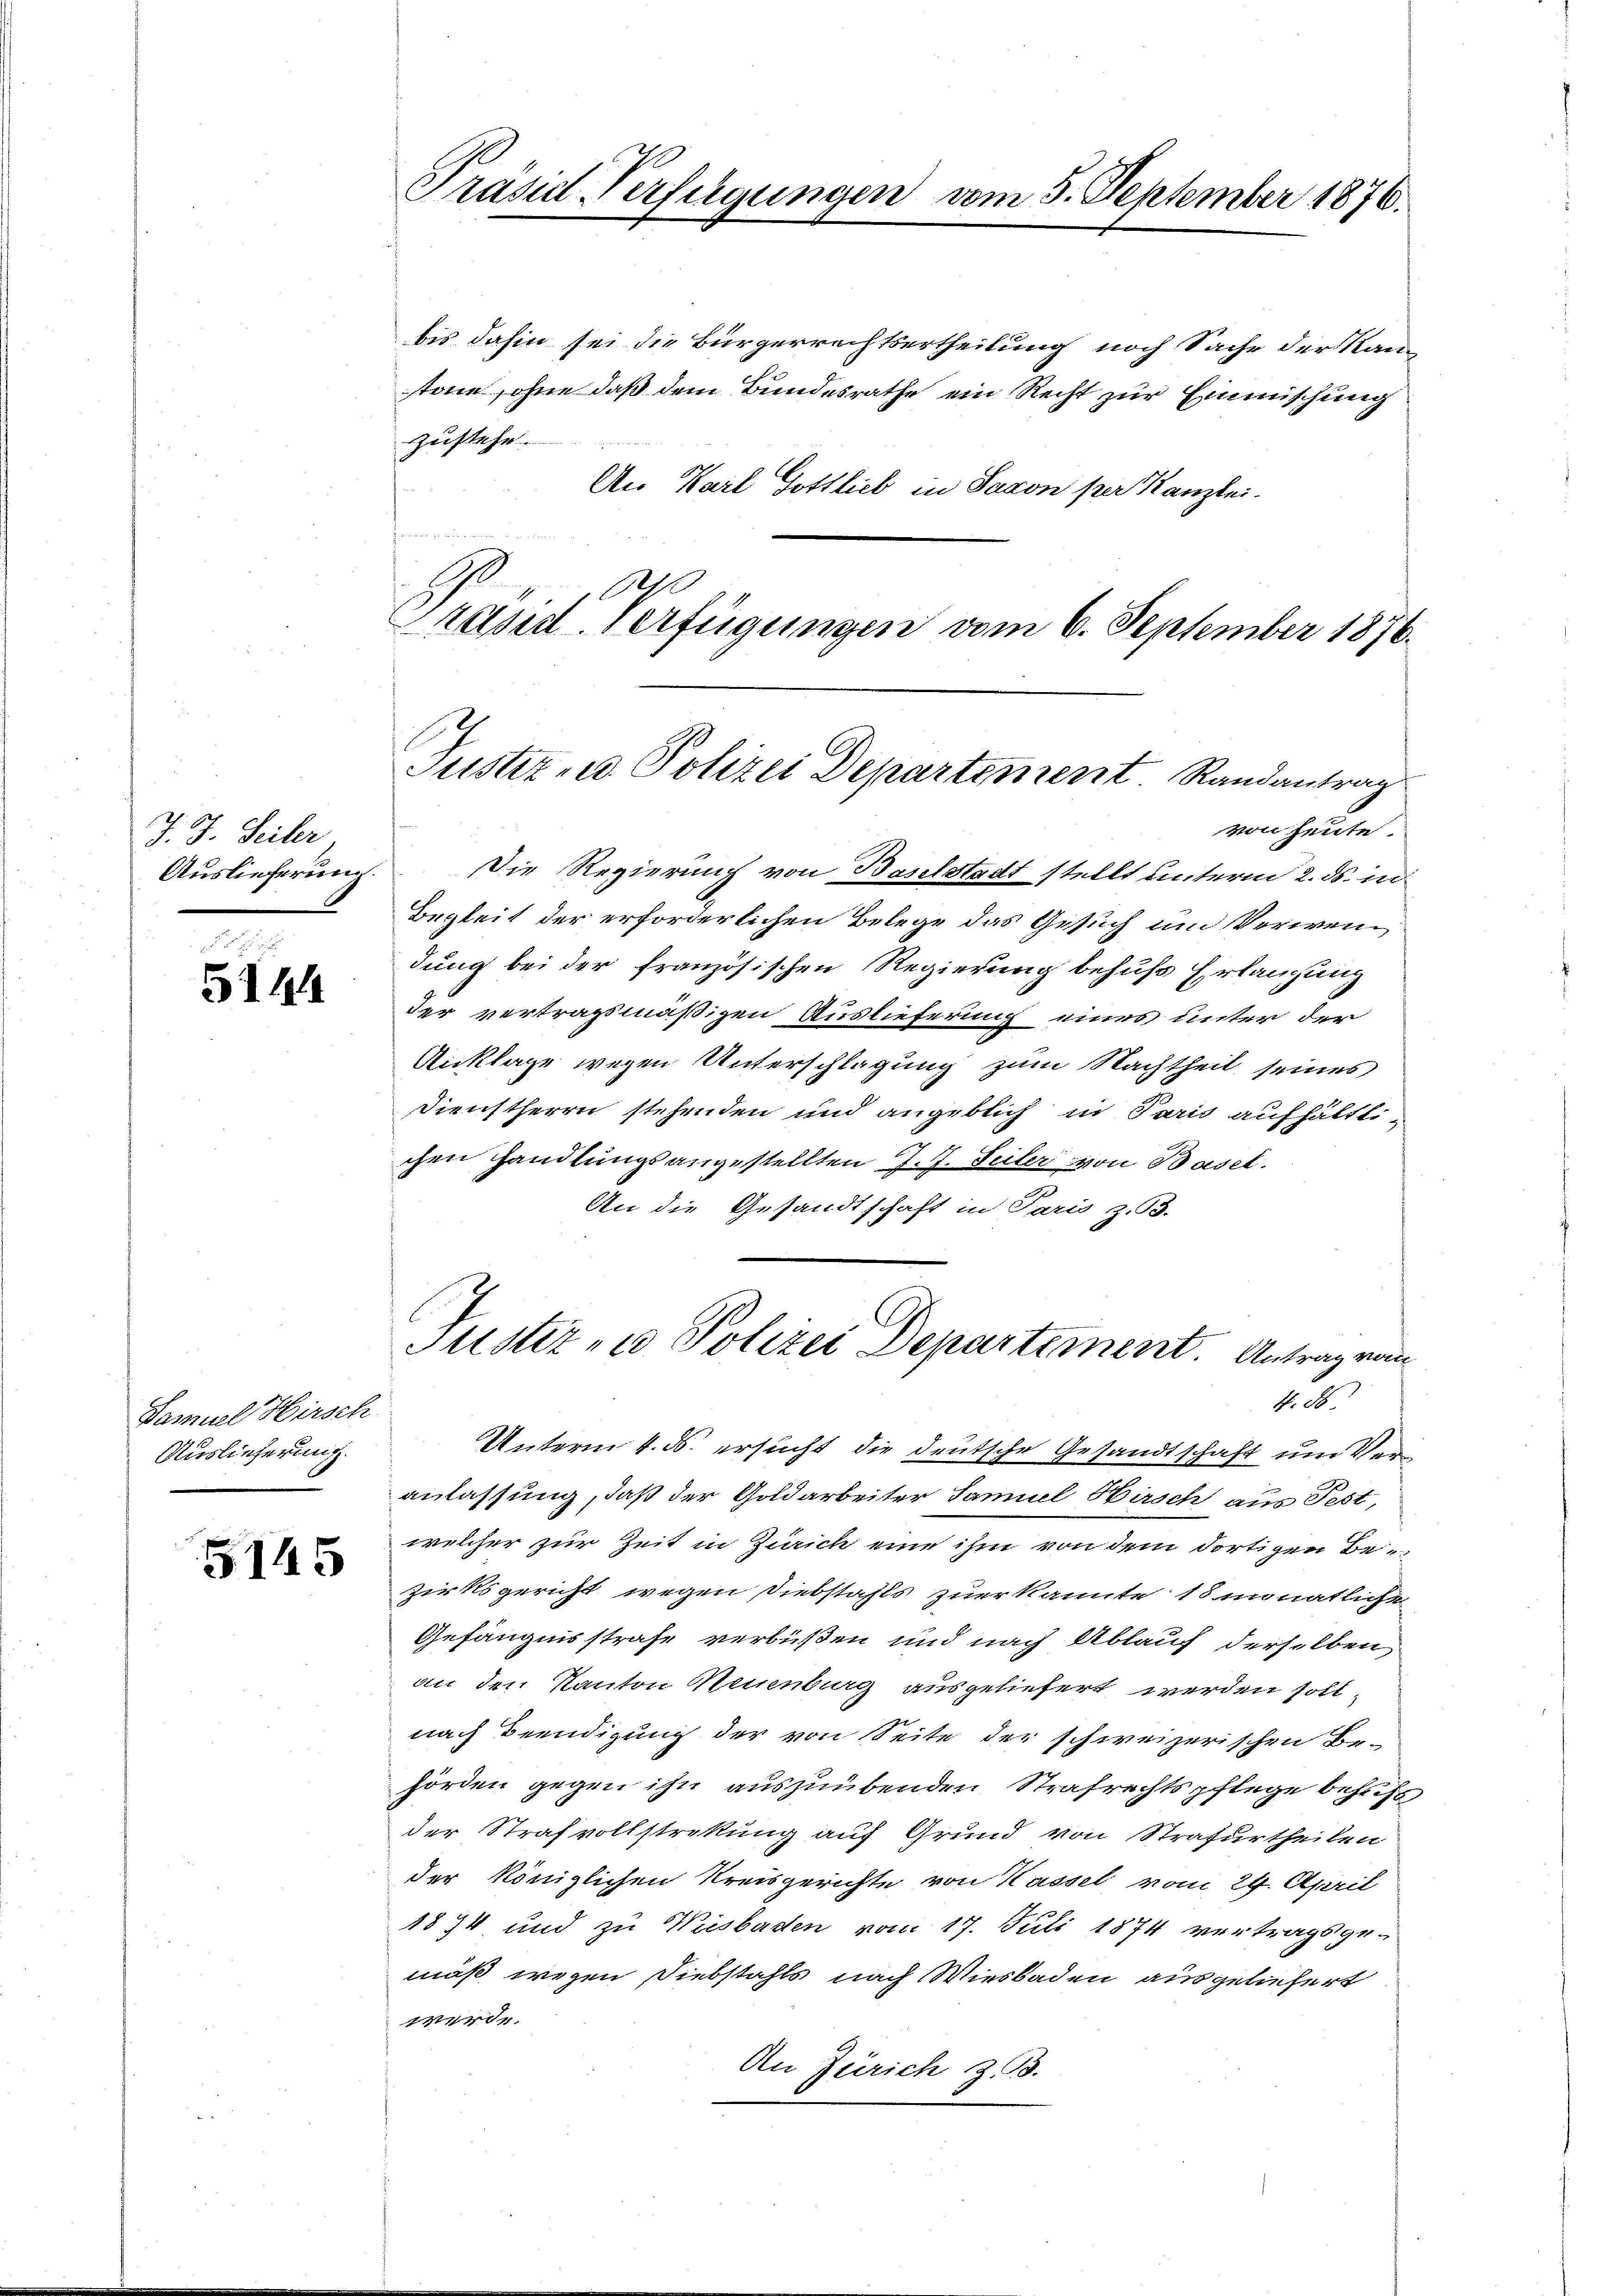
J. J. Seiler,
Auslieferung.
.

5144

Samuel Hirsch
Auslieferung.

5145

Präsid. Verfügungen vom 5. September 1876.

bis dahin sei die Bürgerrechtsertheilung noch Sache der Kantone, ohne daß dem Bundesrathe ein Recht zur Einmischung
zustehe.
An Karl Gottlieb in Saxon per Kanzlei.
O
Präsid. Verfügungen vom 6. September 1876.

Justiz- u. Polizei Departement Randantrag

Justiz- u Polizei Departement Antrag vom

von heute.
Die Regierung von Baselstadt stellt unterm 2. ds. in
Begleit der erforderlichen Belege das Gesuch um Verwendung bei der französischen Regierung behufs Erlangung
der vertragsmäßigen Auslieferung eines unter der
Anklage wegen Unterschlagung zum Nachtheil seines
Dienstherrn stehenden und angeblich in Paris aufhältli
chen handlungsangestellten J. J. Suler von Basel.
An die Gesandtschaft in Paris z. 53.
4. 86.
Unterm 4. ds. ersucht die deutsche Gesandtschaft um Veranlassung, daß der Goldarbeiter Samuel Hirsch aus Fest,
welcher zur Zeit in Zürich eine ihm von dem dortigen Be-
zirksgericht wegen Diebstahls zuerkannte 18 monatlichen
Gefängnisstrafe verbüßen und nach Ablauf derselben
an den Kanton Neuenburg ausgeliefert werden soll,
nach Beendigung der von Seite der schweizerischen Behörden gegen ihn auszuübenden Strafrechtspflege behufs
der Strafvollstretung auf Grund von Strafurtheilen
der königlichen Kreisgerichte von Kassel vom 29. April
1894 und zu Wiesbaden vom 17. Juli 1874 vertragsgemäß wegen Diebstahls nach Wiesbaden ausgeliefert
werde.
An Zürich z. B.